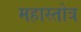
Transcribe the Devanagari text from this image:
महास्तोत्र